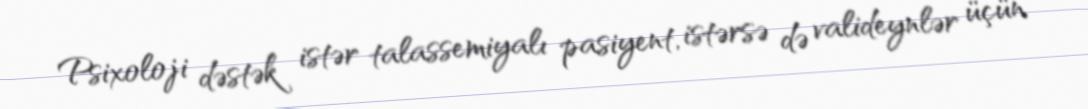
Psixoloji dəstək istər talassemiyalı pasiyent, istərsə də valideynlər üçün